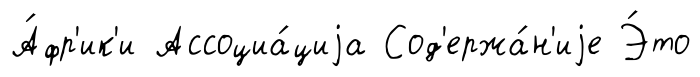
А́фр'ик'и Ассоциа́циjа Сод'ержа́н'иjе Э́то